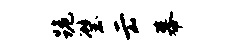
跪璧云幕